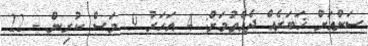
ސަންއަށް ޚަބަރެއް ދެއްވުމަށް: 4 އަހަރު 9 މަސް ކުރިން - 22